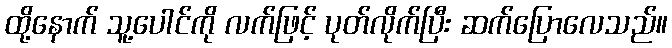
ထို့နောက် သူ့ပေါင်ကို လက်ဖြင့် ပုတ်လိုက်ပြီး ဆက်ပြောလေသည်။